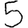
Digit: 5